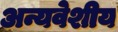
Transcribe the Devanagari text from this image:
अन्यवेशीय